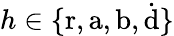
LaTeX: h\in\{ \mathrm{r},\mathrm{a},\mathrm{b},\dot{\mathrm{d}}\}